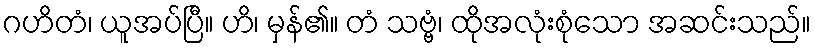
ဂဟိတံ၊ ယူအပ်ပြီ။ ဟိ၊ မှန်၏။ တံ သဗ္ဗံ၊ ထိုအလုံးစုံသော အဆင်းသည်။